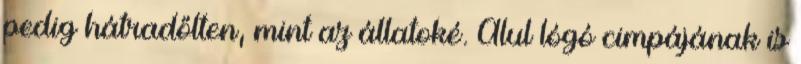
pedig hátradőlten, mint az állatoké. Alul lógó cimpájának is